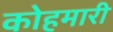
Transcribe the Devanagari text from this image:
कोहमारी